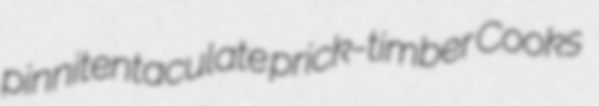
pinnitentaculate prick-timber Cooks